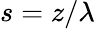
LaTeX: s=z/\lambda